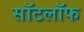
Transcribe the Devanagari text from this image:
सॉटलॉफ